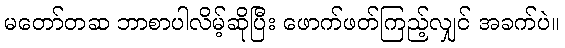
မတော်တဆ ဘာစာပါလိမ့်ဆိုပြီး ဖောက်ဖတ်ကြည့်လျှင် အခက်ပဲ။